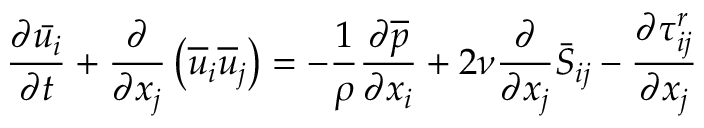
{ \frac { \partial { \bar { u _ { i } } } } { \partial t } } + { \frac { \partial } { \partial x _ { j } } } \left( { \overline { { u } } } _ { i } { \overline { { u } } } _ { j } \right) = - { \frac { 1 } { \rho } } { \frac { \partial { \overline { { p } } } } { \partial x _ { i } } } + 2 \nu { \frac { \partial } { \partial x _ { j } } } { \bar { S } } _ { i j } - { \frac { \partial \tau _ { i j } ^ { r } } { \partial x _ { j } } }